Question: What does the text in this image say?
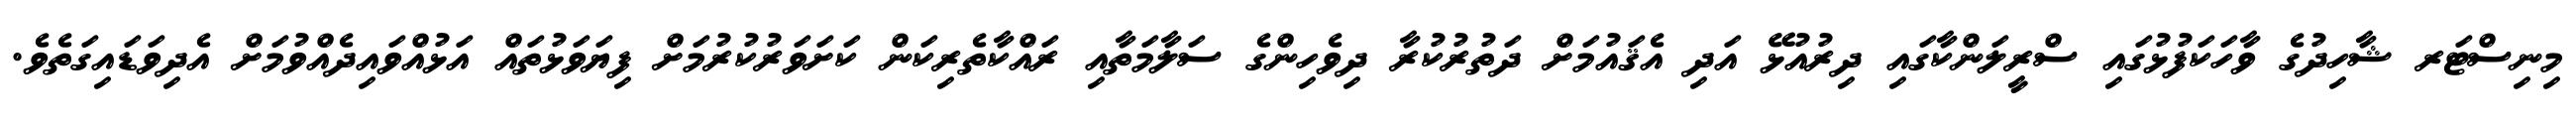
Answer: މިނިސްޓަރ ޝާހިދުގެ ވާހަކަފުޅުގައި ސްރީލަންކާގައި ދިރުއުޅޭ އަދި އެޤައުމަށް ދަތުރުކުރާ ދިވެހިންގެ ސަލާމަތާއި ރައްކާތެރިކަން ކަށަވަރުކުރުމަށް ފިޔަވަޅުތައް އަޅުއްވައިދެއްވުމަށް އެދިވަޑައިގަތެވެ.